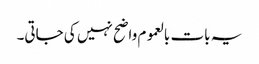
یہ بات بالعموم واضح نہیں کی جاتی۔